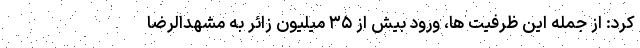
کرد: از جمله این ظرفیت ها، ورود بیش از ۳۵ میلیون زائر به مشهدالرضا